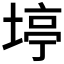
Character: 𪣹